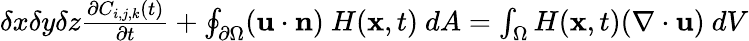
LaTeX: \begin{array}{r}{\delta x\delta y\delta z\frac{\partial C_{i,j,k}(t)}{\partial t}+\oint_{\partial\Omega}(\mathbf{u}\cdot\mathbf{n})\ H(\mathbf{x},t)\ dA=\int_{\Omega}H(\mathbf{x},t)(\nabla\cdot\mathbf{u})\ dV}\end{array}